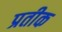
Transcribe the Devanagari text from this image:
प्रतीक